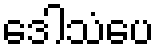
ဒေါသံပေ